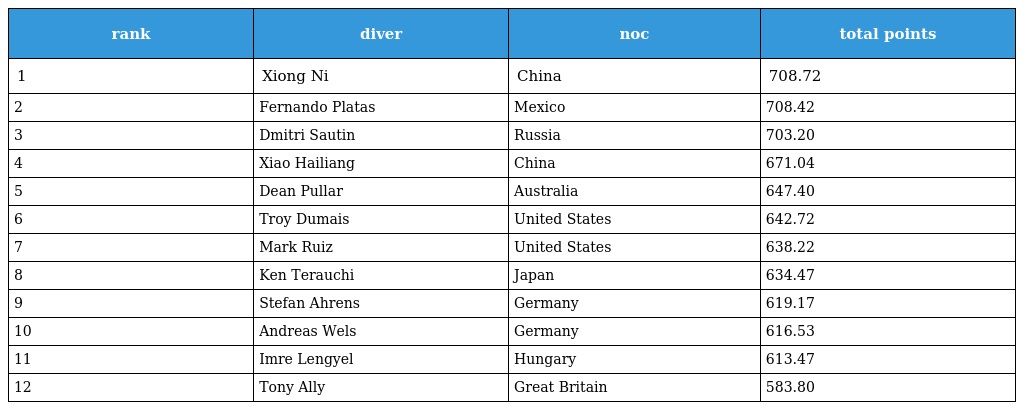
| rank | diver | noc | total points |
 | --- | --- | --- | --- |
 | 1 | Xiong Ni | China | 708.72 |
 | 2 | Fernando Platas | Mexico | 708.42 |
 | 3 | Dmitri Sautin | Russia | 703.20 |
 | 4 | Xiao Hailiang | China | 671.04 |
 | 5 | Dean Pullar | Australia | 647.40 |
 | 6 | Troy Dumais | United States | 642.72 |
 | 7 | Mark Ruiz | United States | 638.22 |
 | 8 | Ken Terauchi | Japan | 634.47 |
 | 9 | Stefan Ahrens | Germany | 619.17 |
 | 10 | Andreas Wels | Germany | 616.53 |
 | 11 | Imre Lengyel | Hungary | 613.47 |
 | 12 | Tony Ally | Great Britain | 583.80 |